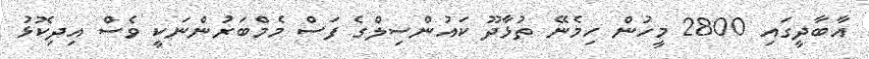
އާބާދީގައި 2800 މީހުން ހިމެނޭ ތުޅާދޫ ކައުންސިލްގެ ފަސް މެމްބަރުންނަކީ ވެސް އިދިކޮޅު